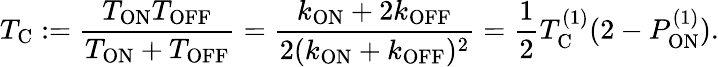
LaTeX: T_{\mathrm{C}}:=\frac{T_{\mathrm{ON}}T_{\mathrm{OFF}}}{T_{\mathrm{ON}}+T_{\mathrm{OFF}}}=\frac{k_{\mathrm{ON}}+2k_{\mathrm{OFF}}}{2(k_{\mathrm{ON}}+k_{\mathrm{OFF}})^{2}}=\frac{1}{2}T_{\mathrm{C}}^{(1)}(2-P_{\mathrm{ON}}^{(1)}).